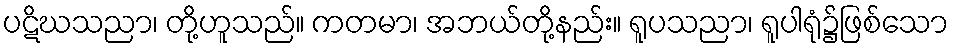
ပဋိဃသညာ၊ တို့ဟူသည်။ ကတမာ၊ အဘယ်တို့နည်း။ ရူပသညာ၊ ရူပါရုံ၌ဖြစ်သော